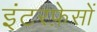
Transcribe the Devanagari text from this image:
इंटरफ़ेसों